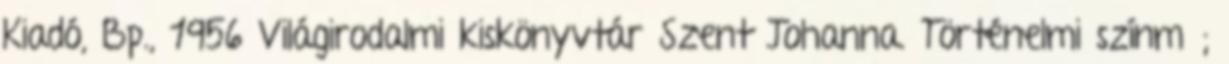
Kiadó, Bp., 1956 Világirodalmi kiskönyvtár Szent Johanna. Történelmi színmű;